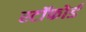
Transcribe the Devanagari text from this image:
स्टॉफोर्ड